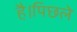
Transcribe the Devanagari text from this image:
है।पिछले